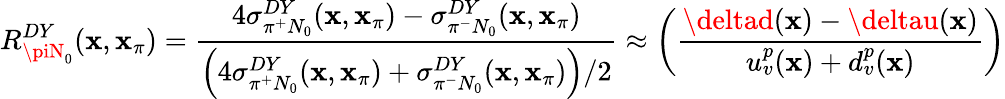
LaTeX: R_{\piN_{0}}^{DY}(\mathbf{x},\mathbf{x}_{\pi})=\frac{{4\sigma_{\pi^{+}N_{0}}^{DY}(\mathbf{x},\mathbf{x}_{\pi})-\sigma_{\pi^{-}N_{0}}^{DY}(\mathbf{x},\mathbf{x}_{\pi})}}{{\left(4\sigma_{\pi^{+}N_{0}}^{DY}(\mathbf{x},\mathbf{x}_{\pi})+\sigma_{\pi^{-}N_{0}}^{DY}(\mathbf{x},\mathbf{x}_{\pi})\right)/2}}\approx\left(\frac{{\deltad(\mathbf{x})-\deltau(\mathbf{x})}}{{u_{v}^{p}(\mathbf{x})+d_{v}^{p}(\mathbf{x})}}\right)